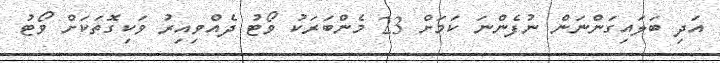
އަދި ބަލައިގަންނަން ނުފެންނަ ކަމަށް 23 މެންބަރަކު ވޯޓު ދެއްވިއިރު ވަކިގޮތަކަށް ވޯޓު